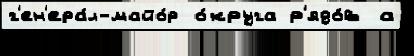
г'ен'ера́л-майо́р о́круга р'ядо́в а